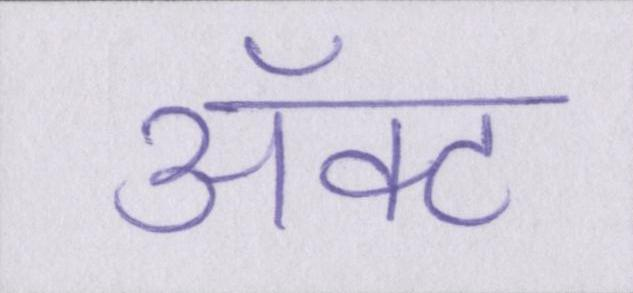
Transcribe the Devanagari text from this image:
ॲक्ट